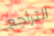
التراجع